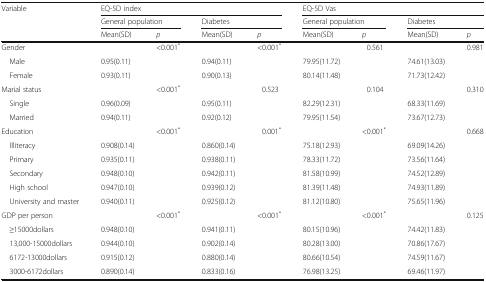
<table><thead><tr><td rowspan="3"><b>Variable</b></td><td colspan="4"><b>EQ-5D index</b></td><td colspan="4"><b>EQ-5D Vas</b></td></tr><tr><td colspan="2"><b>General population</b></td><td colspan="2"><b>Diabetes</b></td><td colspan="2"><b>General population</b></td><td colspan="2"><b>Diabetes</b></td></tr><tr><td><b>Mean(SD)</b></td><td><b><i>p</i></b></td><td><b>Mean(SD)</b></td><td><b><i>p</i></b></td><td><b>Mean(SD)</b></td><td><b><i>p</i></b></td><td><b>Mean(SD)</b></td><td><b><i>p</i></b></td></tr></thead><tbody><tr><td>Gender</td><td></td><td>&lt;0.001<sup>*</sup></td><td></td><td>&lt;0.001<sup>*</sup></td><td></td><td>0.561</td><td></td><td>0.981</td></tr><tr><td> Male</td><td>0.95(0.11)</td><td></td><td>0.94(0.11)</td><td></td><td>79.95(11.72)</td><td></td><td>74.61(13.03)</td><td></td></tr><tr><td> Female</td><td>0.93(0.11)</td><td></td><td>0.90(0.13)</td><td></td><td>80.14(11.48)</td><td></td><td>71.73(12.42)</td><td></td></tr><tr><td>Marial status</td><td></td><td>&lt;0.001<sup>*</sup></td><td></td><td>0.523</td><td></td><td>0.104</td><td></td><td>0.310</td></tr><tr><td> Single</td><td>0.96(0.09)</td><td></td><td>0.95(0.11)</td><td></td><td>82.29(12.31)</td><td></td><td>68.33(11.69)</td><td></td></tr><tr><td> Married</td><td>0.94(0.11)</td><td></td><td>0.92(0.12)</td><td></td><td>79.95(11.54)</td><td></td><td>73.67(12.73)</td><td></td></tr><tr><td>Education</td><td></td><td>&lt;0.001<sup>*</sup></td><td></td><td>0.001<sup>*</sup></td><td></td><td>&lt;0.001<sup>*</sup></td><td></td><td>0.668</td></tr><tr><td> Illiteracy</td><td>0.908(0.14)</td><td></td><td>0.860(0.14)</td><td></td><td>75.18(12.93)</td><td></td><td>69.09(14.26)</td><td></td></tr><tr><td> Primary</td><td>0.935(0.11)</td><td></td><td>0.938(0.11)</td><td></td><td>78.33(11.72)</td><td></td><td>73.56(11.64)</td><td></td></tr><tr><td> Secondary</td><td>0.948(0.10)</td><td></td><td>0.942(0.11)</td><td></td><td>81.58(10.99)</td><td></td><td>74.52(12.89)</td><td></td></tr><tr><td> High school</td><td>0.947(0.10)</td><td></td><td>0.939(0.12)</td><td></td><td>81.39(11.48)</td><td></td><td>74.93(11.89)</td><td></td></tr><tr><td> University and master</td><td>0.940(0.11)</td><td></td><td>0.925(0.12)</td><td></td><td>81.12(10.80)</td><td></td><td>75.65(11.96)</td><td></td></tr><tr><td>GDP per person</td><td></td><td>&lt;0.001<sup>*</sup></td><td></td><td>&lt;0.001<sup>*</sup></td><td></td><td>&lt;0.001<sup>*</sup></td><td></td><td>0.125</td></tr><tr><td> ≥15000dollars</td><td>0.948(0.10)</td><td></td><td>0.941(0.11)</td><td></td><td>80.15(10.96)</td><td></td><td>74.42(11.83)</td><td></td></tr><tr><td> 13,000-15000dollars</td><td>0.944(0.10)</td><td></td><td>0.902(0.14)</td><td></td><td>80.28(13.00)</td><td></td><td>70.86(17.67)</td><td></td></tr><tr><td> 6172-13000dollars</td><td>0.915(0.12)</td><td></td><td>0.880(0.14)</td><td></td><td>80.66(10.54)</td><td></td><td>74.59(11.67)</td><td></td></tr><tr><td> 3000-6172dollars</td><td>0.890(0.14)</td><td></td><td>0.833(0.16)</td><td></td><td>76.98(13.25)</td><td></td><td>69.46(11.97)</td><td></td></tr></tbody></table>